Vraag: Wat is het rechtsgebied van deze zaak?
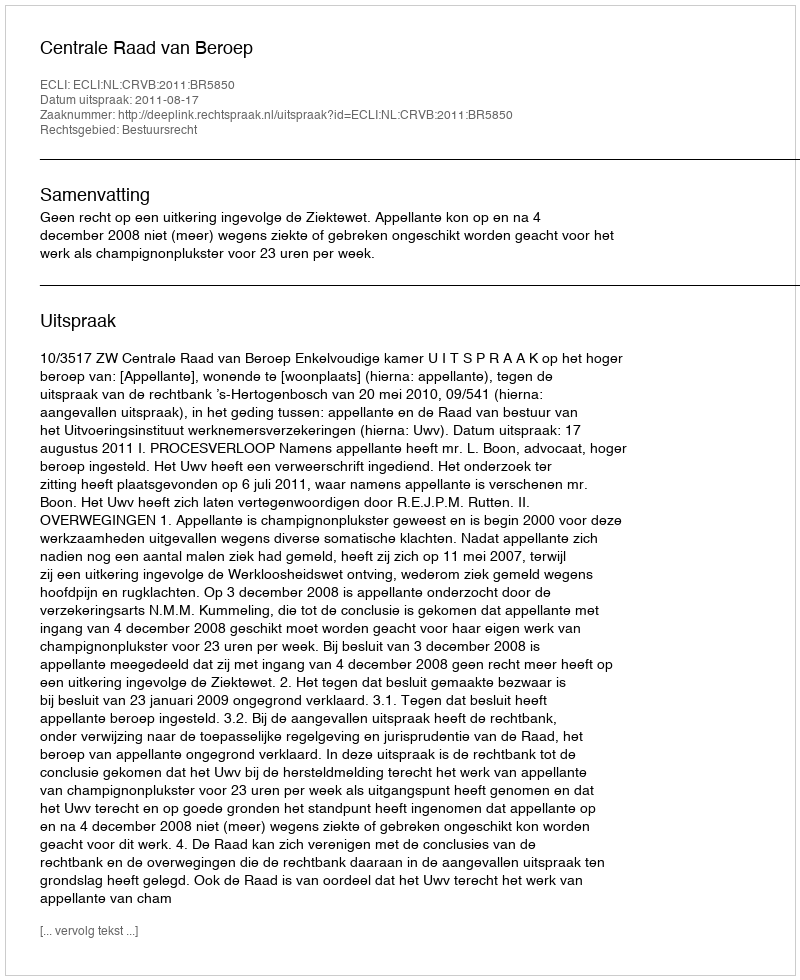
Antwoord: Bestuursrecht